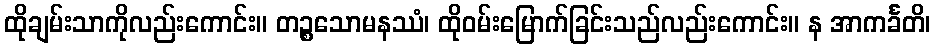
ထိုချမ်းသာကိုလည်းကောင်း။ တဉ္စသောမနဿံ၊ ထိုဝမ်းမြောက်ခြင်းသည်လည်းကောင်း။ န အာကင်္ခတိ၊